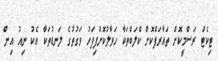
ޓިކެޓް ރަސްމީކޮށް ތައާރަފްކޮށް ކްލަބްތަކާ ހަވާލުކޮށްފިފަހު ވަގުތުގެ ލަނޑުތަކާ އެކު ނިއު އިން